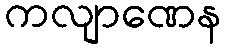
ကလျာဏေန